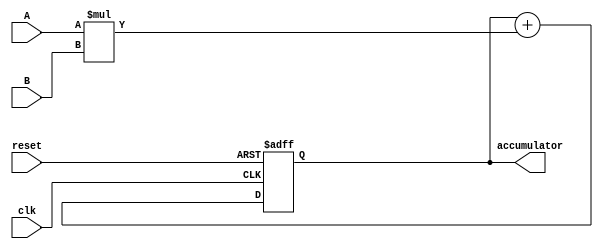
module mac_8 (
  input wire clk,
  input wire reset,
  input wire [3:0] A, // N-bit multiplier
  input wire [3:0] B, // N-bit multiplicand
  output reg [7:0] accumulator // 2N-bit accumulator to prevent overflow
);

  always @(posedge clk or posedge reset) begin
    if (reset) begin
      accumulator <= 0;
    end else begin
      accumulator <= (accumulator + (A * B));
      //accumulator <= 2;
    end
  end

endmodule